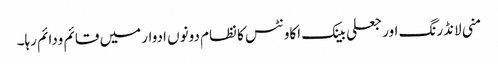
منی لانڈرنگ اور جعلی بینک اکاونٹس کا نظام دونوں ادوار میں قائم ودائم رہا۔